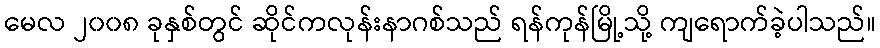
မေလ ၂၀၀၈ ခုနှစ်တွင် ဆိုင်ကလုန်းနာဂစ်သည် ရန်ကုန်မြို့သို့ ကျရောက်ခဲ့ပါသည်။